Report on the cultivation and use of ganja
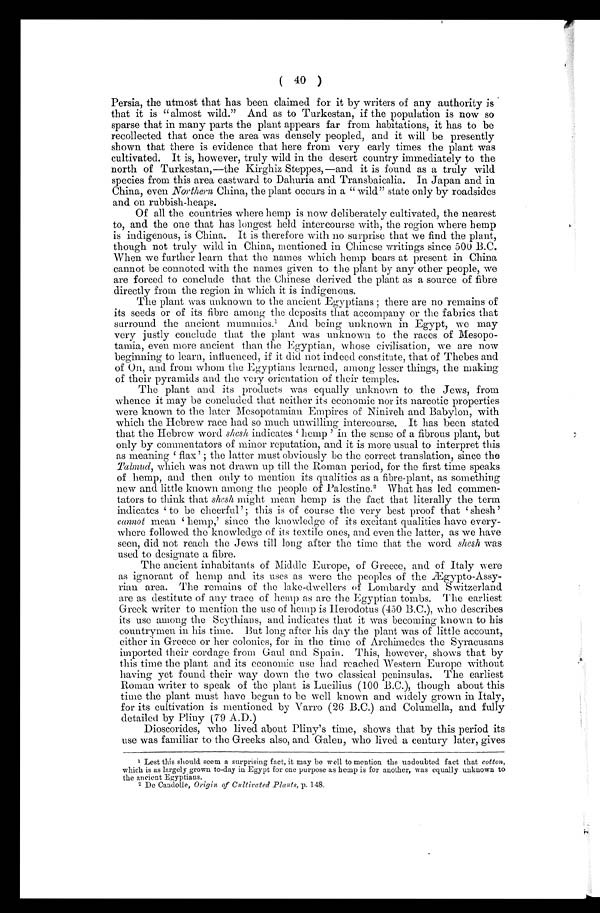
( 40 )
Persia, the utmost that has been claimed for it by writers of any authority is
that it is "almost wild." And as to Turkestan, if the population is now so
sparse that in many parts the plant appears far from habitations, it has to be
recollected that once the area was densely peopled, and it will be presently
shown that there is evidence that here from very early times the plant was
cultivated. It is, however, truly wild in the desert country immediately to the
north of Turkestan,—the Kirghiz Steppes,—and it is found as a truly wild
species from this area eastward to Dahuria and Transbaicalia. In Japan and in
China, even Northern China, the plant occurs in a " wild" state only by roadsides
and on rubbish-heaps.
Of all the countries where hemp is now deliberately cultivated, the nearest
to, and the one that has longest held intercourse with, the region where hemp
is indigenous, is China. It is therefore with no surprise that we find the plant,
though not truly wild in China, mentioned in Chinese writings since 500 B.C.
When we further learn that the names which hemp bears at present in China
cannot be connoted with the names given to the plant by any other people, we
are forced to conclude that the Chinese derived the plant as a source of fibre
directly from the region in which it is indigenous.
The plant was unknown to the ancient Egyptians ; there are no remains of
its seeds or of its fibre among the deposits that accompany or the fabrics that
surround the ancient mummies.¹ And being unknown in Egypt, we may
very justly conclude that the plant was unknown to the races of Mesopo-
tamia, even more ancient than the Egyptian, whose civilisation, we are now
beginnin to learn, influenced, if it did not indeed constitute, that of Thebes and
of On, and from whom the Egyptians learned, among lesser things, the making
of their pyramids and the very orientation of their temples.
The plant and its products was equally unknown to the Jews, from
whence it may be concluded that neither its economic nor its narcotic properties
were known to the later Mesopotamian Empires of Niniveh and Babylon, with
which the Hebrew race had so much unwilling intercourse. It has been stated
that the Hebrew word shcsk i ndi c a t e s ' he mp' i n t he s e ns e of a f i br ous pl a nt , but
only by commentators of minor reputation, and it is more usual to interpret this
as meaning flax' ; the latter must obviously be the correct translation, since the
Talmud, which was not drawn up till the Roman period, for the first time speaks
of hemp, and then only to mention its qualities as a fibre-plant, as something
new and little known among the people of Palestine.² What has led commen-
tators to think that shesh might mean hemp is the fact that literally the term
indicates to be cheerful' ; this is of course the very best proof that 'shesh'
cannot mean 'hemp,' since the knowledge of its excitant qualities have every-
where followed the knowledge of its textile ones, and even the latter, as we have
seen, did not reach the Jews till long after the time that the word shesh was
used to designate a fibre.
The ancient inhabitants of Middle Europe, of Greece, and of Italy were
as ignorant of hemp and pits uses as were the peoples of the Ægypto-Assy-
riau area. The remains of the lake-dwellers of Lombardy and Switzerland
are as destitute of any trace of hemp as are the Egyptian tombs. The earliest
Greek writer to mention the use of hemp is Herodotus (450 B.C.), who describes
its use among the Scythians, and indicates that it was becoming known to his
countrymen in his time. But long after his day the plant was of little account,
either in Greece or her colonies, for in the time of Archimedes the Syracusans
imported their cordage from Gaul and Spain. This, however, shows that by
this time the plant and its economic use had reached Western Europe without
having yet found their way clown the two classical peninsulas. The earliest
Roman writer to speak of the plant is Lucilius (100 B.C.), though about this
time the plant must have begun to be well known and widely grown in Italy,
for its cultivation is mentioned by Varro (26 B.C.) and Columella, and fully
detailed by Pliny (79 A.D.)
Dioscorides, who lived about Pliny's time, shows that by this period its
use was familiar to the Greeks also, and Galen, who lived a century later, gives
1 Lest this should seem a surprising fact, it may be well to mention the undoubted fact that cotton,
which is as largely grown to-day in Egypt for one purpose as hemp is for another, was equally unknown to
the ancient Egyptians.
² De Candolle, Origin of Cultivated Plants, p. 148.